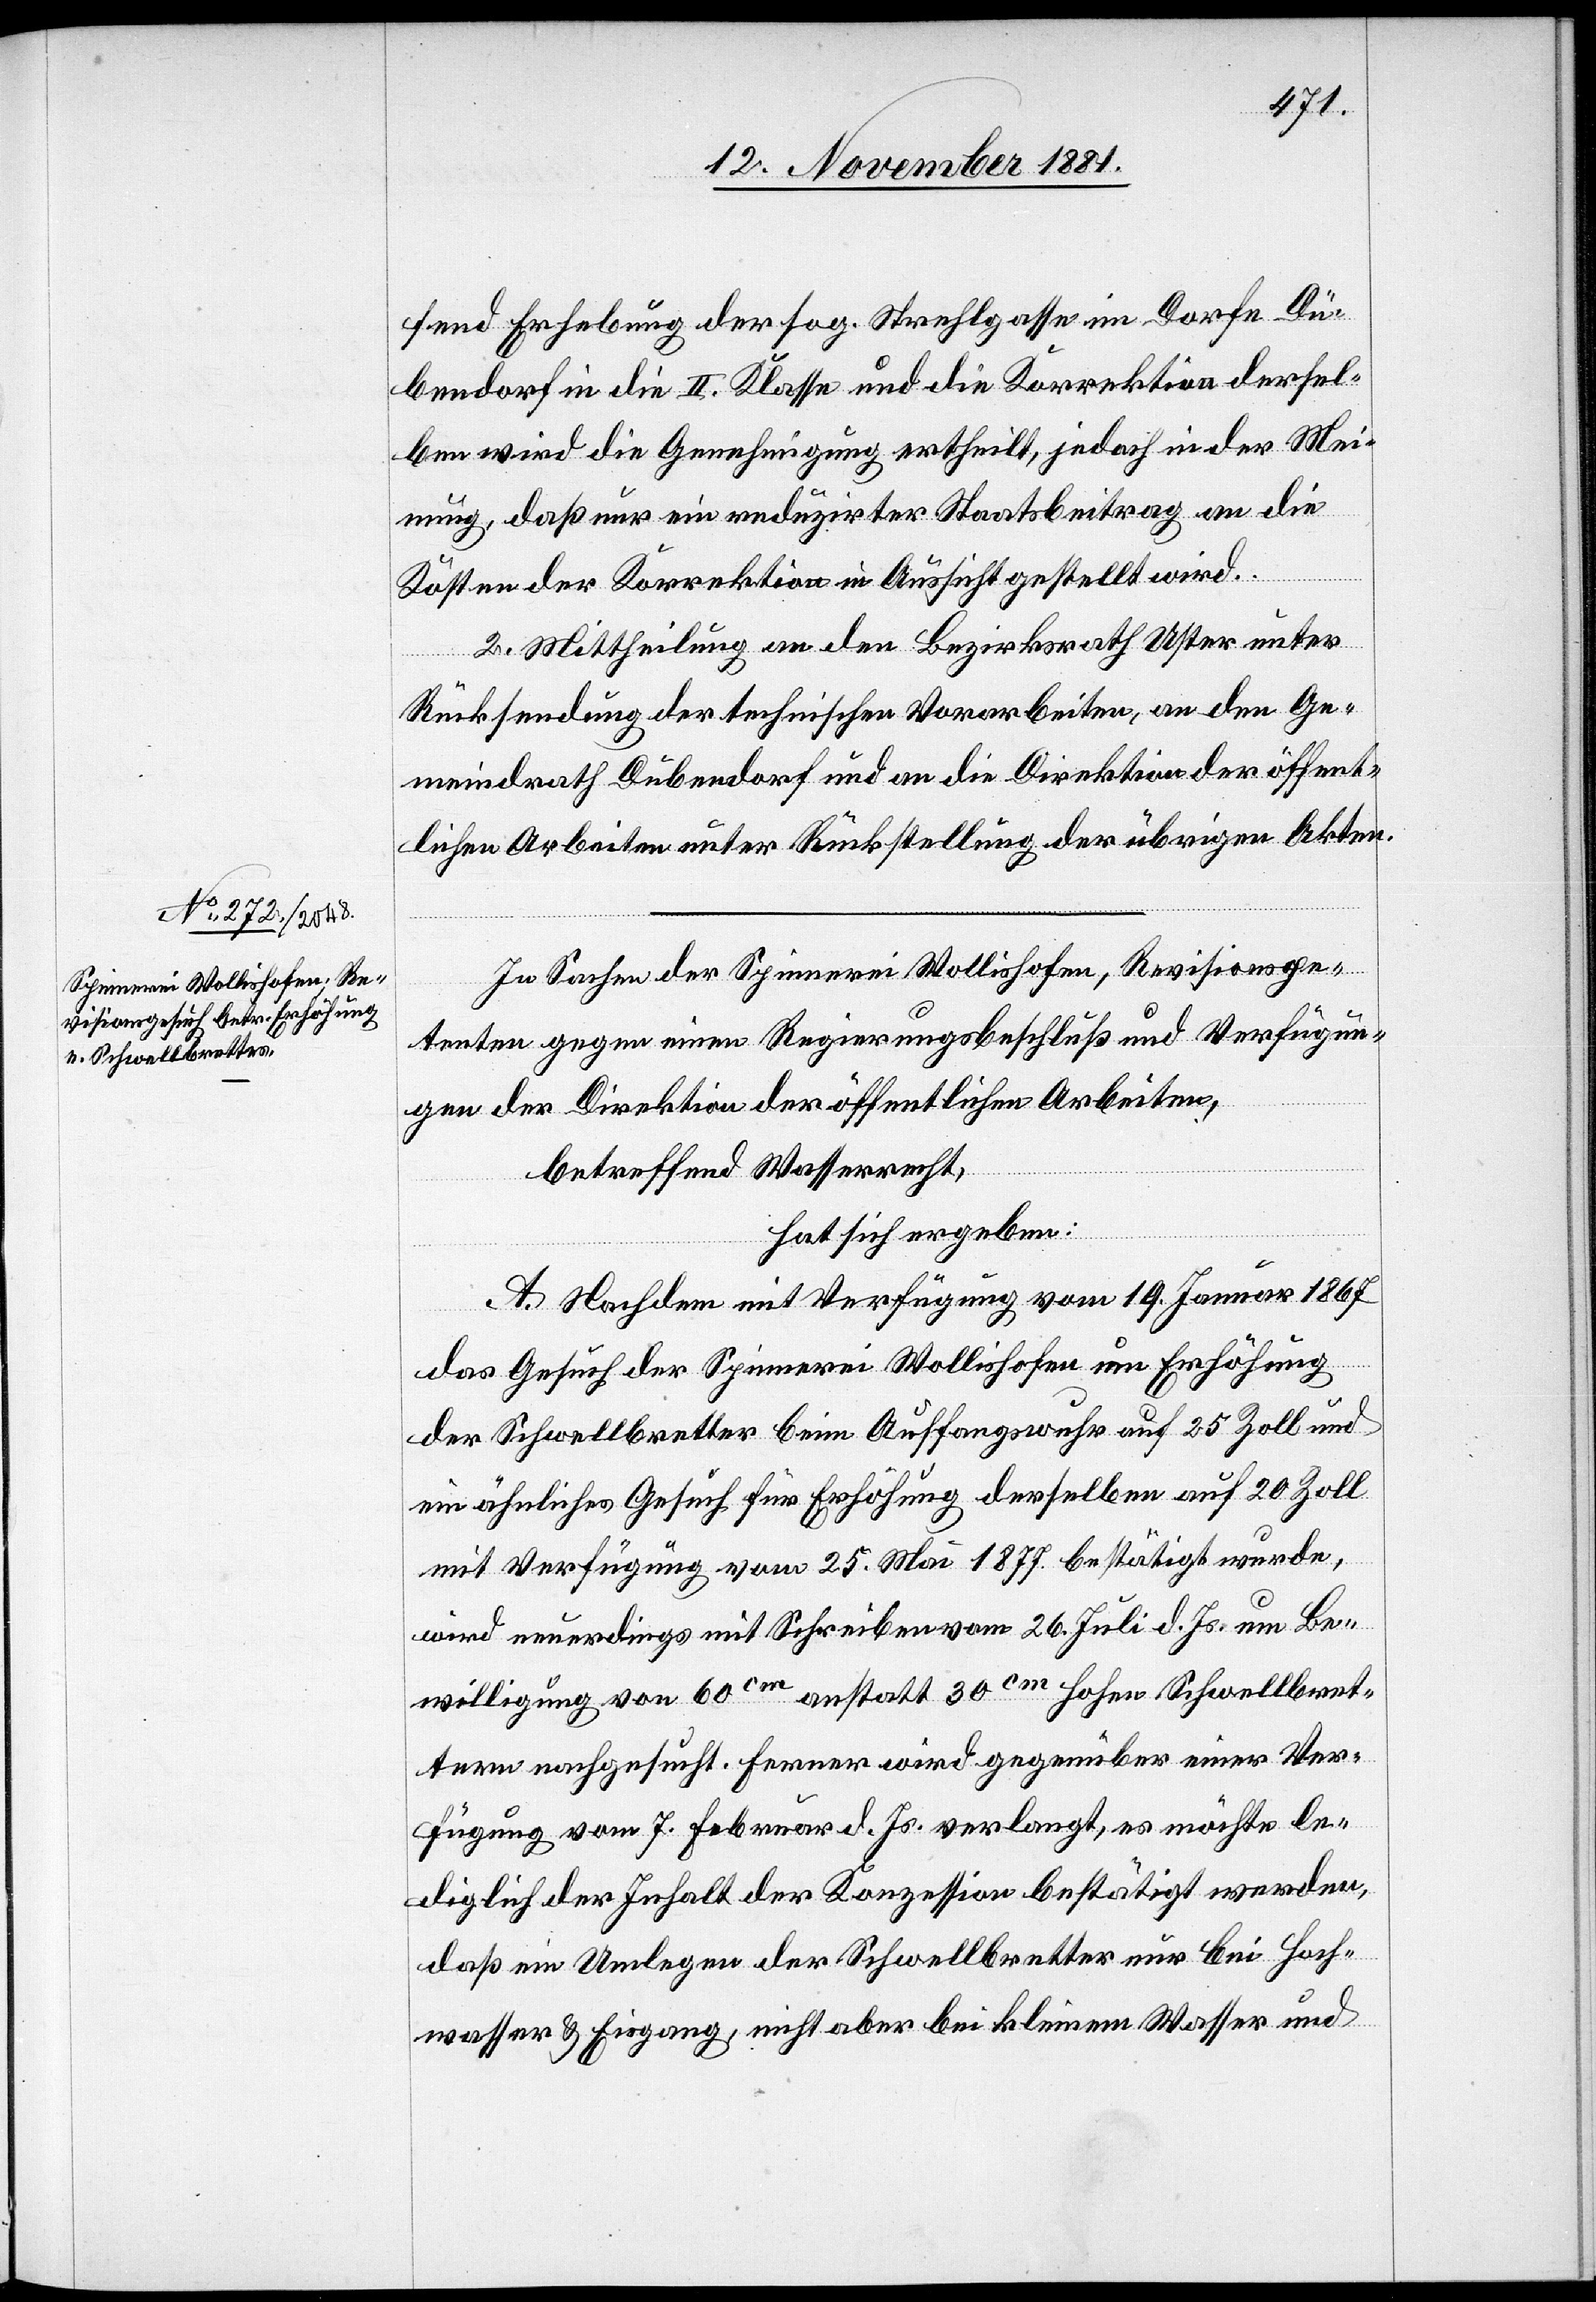
fend Erhebung der sog. Strehlgasse im Dorfe Dü¬
bendorf in die II. Klasse und die Korrektion dersel¬
ben wird die Genehmigung ertheilt, jedoch in der Mei¬
nung, daß nur ein reduzirter Staatsbeitrag an die
Kosten der Korrektion in Aussicht gestellt wird.
2. Mittheilung an den Bezirksrath Uster unter
Rücksendung der technischen Vorarbeiten, an den Ge¬
meindrath Dübendorf und an die Direktion der öffent¬
lichen Arbeiten unter Rückstellung der übrigen Akten.
In Sachen der Spinnerei Wollishofen, Revisionspe¬
tenten gegen einen Regierungsrathsbeschluß und Verfügun¬
gen der Direktion der öffentlichen Arbeiten,
betreffend Wasserrecht,
hat sich ergeben:
A. Nachdem mit Verfügung vom 19. Januar 1867
das Gesuch der Spinnerei Wollishofen um Erhöhung
der Schwellbretter beim Auffangswuhr auf 25 Zoll und
ein ähnliches Gesuch für Erhöhung derselben auf 20 Zoll
mit Verfügung vom 25. Mai 1877 bestätigt wurde,
wird neuerdings mit Schreiben vom 26. Juli d. Js. um Be¬
willigung von 60cm anstatt 30cm hohen Schwellbret¬
tern nachgesucht. Ferner wird gegenüber einer Ver¬
fügung vom 7. Februar d. Js. verlangt, es möchte le¬
diglich der Inhalt der Konzession bestätigt werden,
daß ein Umlegen der Schwellbretter nur bei Hoch¬
wasser & Eisgang, nicht aber bei kleinem Wasser und